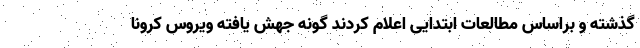
گذشته و براساس مطالعات ابتدایی اعلام کردند گونه جهش یافته ویروس کرونا